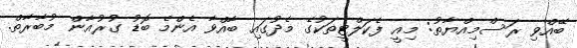
ބޭއްވި ރަސްމިއްޔާތު: މިއީ ފެކަލްޓީތަކުގެ މެދުގައި ބާއްވާ އެންމެ ބޮޑު ގުރުއާން މުބާރާތް.